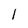
Character: l